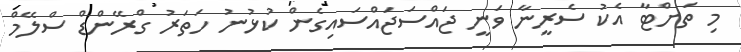
މި ތަށްޓާ އެކު ސެރީނާ ވަނީ ޖައްސަޖައްސައިގެން ކުޅުނު ހަތަރު ގްރޭންޑް ސްލޭމް